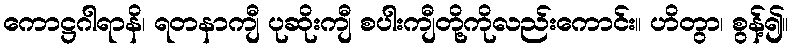
ကောဋ္ဌဂါရာနိ၊ ရတနာကျီ ပုဆိုးကျီ စပါးကျီတို့ကိုလည်းကောင်း။ ဟိတွာ၊ စွန့်၍။